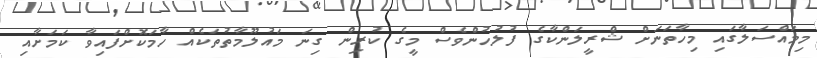
މިމައްސަލާގައި މިހާތަނަށް ޝްރީލަންކާގެ ފުލުހުންވެސް މީގެ ކުރިން ގިނަ މައުލޫމާތުތަކެއް ހާމަކޮށްފައިވާ ކަމަށާއި